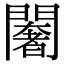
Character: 𨶶